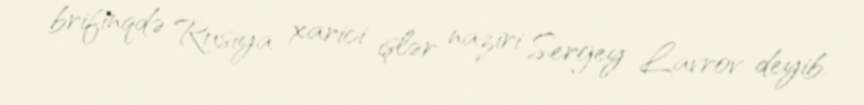
brifinqdə Rusiya xarici işlər naziri Sergey Lavrov deyib.